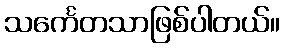
သင်္ကေတသာဖြစ်ပါတယ်။